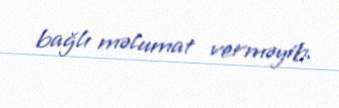
bağlı məlumat verməyib.